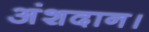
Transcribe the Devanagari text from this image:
अंशदान।